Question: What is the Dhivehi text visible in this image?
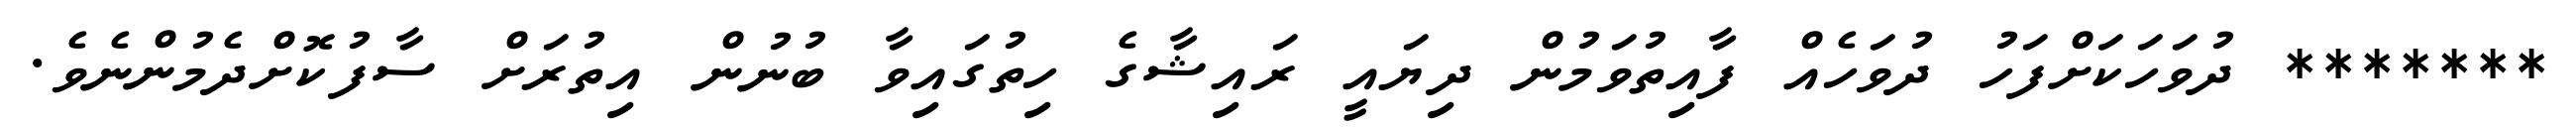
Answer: ******* ދުވަހަކަށްފަހު ދުވަހެއް ފާއިތުވަމުން ދިޔައީ ރައިޝާގެ ހިތުގައިވާ ބުނުން އިތުރަށް ސާފުކޮށްދެމުންނެވެ.